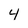
Character: 4